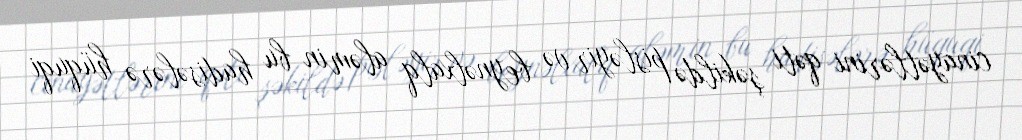
cinayətlərini qəti şəkildə pisləyir və beynəlxalq aləmin bu hadisələrə hüquqi